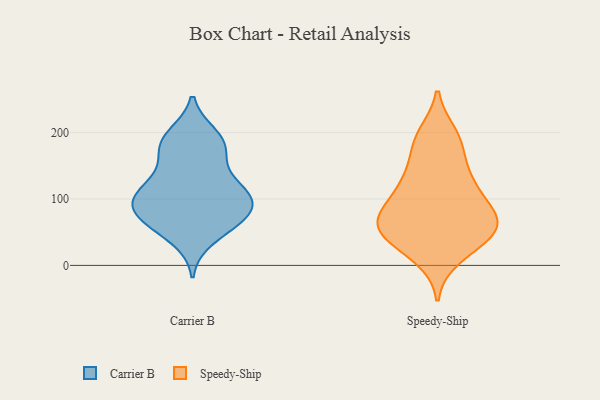
{"axis": {"x": "Humidity (%)", "y": "Value"}, "legend": ["Carrier B", "Speedy-Ship"], "data": [{"x": "", "y": 70, "type": "Carrier B"}, {"x": "", "y": 70, "type": "Carrier B"}, {"x": "", "y": 173, "type": "Carrier B"}, {"x": "", "y": 87, "type": "Carrier B"}, {"x": "", "y": 187, "type": "Carrier B"}, {"x": "", "y": 40, "type": "Carrier B"}, {"x": "", "y": 189, "type": "Carrier B"}, {"x": "", "y": 70, "type": "Carrier B"}, {"x": "", "y": 104, "type": "Carrier B"}, {"x": "", "y": 166, "type": "Carrier B"}, {"x": "", "y": 196, "type": "Carrier B"}, {"x": "", "y": 93, "type": "Carrier B"}, {"x": "", "y": 112, "type": "Carrier B"}, {"x": "", "y": 96, "type": "Carrier B"}, {"x": "", "y": 60, "type": "Carrier B"}, {"x": "", "y": 110, "type": "Carrier B"}, {"x": "", "y": 116, "type": "Carrier B"}, {"x": "", "y": 136, "type": "Carrier B"}, {"x": "", "y": 51, "type": "Speedy-Ship"}, {"x": "", "y": 123, "type": "Speedy-Ship"}, {"x": "", "y": 64, "type": "Speedy-Ship"}, {"x": "", "y": 69, "type": "Speedy-Ship"}, {"x": "", "y": 196, "type": "Speedy-Ship"}, {"x": "", "y": 34, "type": "Speedy-Ship"}, {"x": "", "y": 62, "type": "Speedy-Ship"}, {"x": "", "y": 13, "type": "Speedy-Ship"}, {"x": "", "y": 75, "type": "Speedy-Ship"}, {"x": "", "y": 57, "type": "Speedy-Ship"}, {"x": "", "y": 127, "type": "Speedy-Ship"}, {"x": "", "y": 37, "type": "Speedy-Ship"}, {"x": "", "y": 106, "type": "Speedy-Ship"}, {"x": "", "y": 136, "type": "Speedy-Ship"}, {"x": "", "y": 81, "type": "Speedy-Ship"}, {"x": "", "y": 188, "type": "Speedy-Ship"}, {"x": "", "y": 180, "type": "Speedy-Ship"}]}